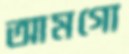
আমগো